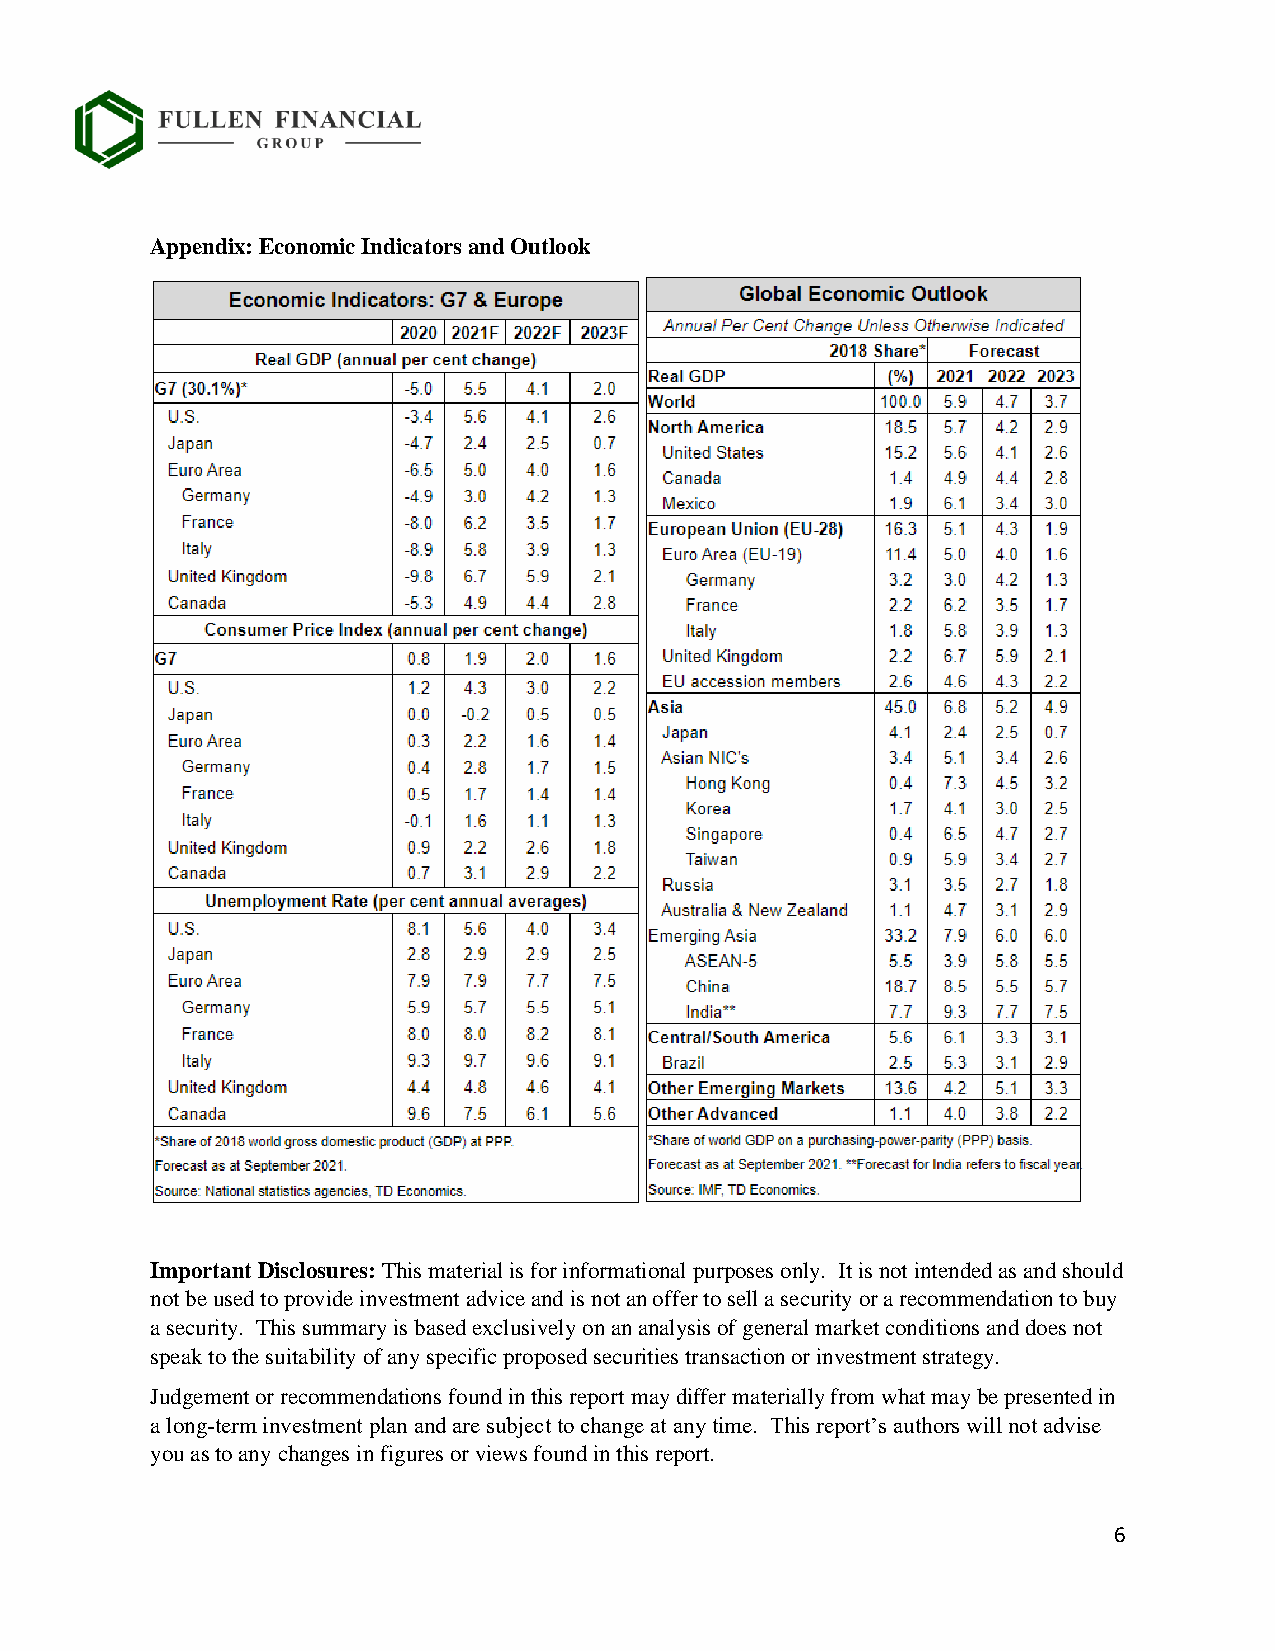
Appendix: Economic Indicators and Outlook
 Important Disclosures: This material is for informational purposes only. It is not intended as and should
 not be used to provide investment advice and is not an offer to sell a security or a recommendation to buy
 a security. This summary is based exclusively on an analysis of general market conditions and does not
 speak to the suitability of any specific proposed securities transaction or investment strategy.
 Judgement or recommendations found in this report may differ materially from what may be presented in
 a long-term investment plan and are subject to change at any time. This report’s authors will not advise
 you as to any changes in figures or views found in this report.
 6